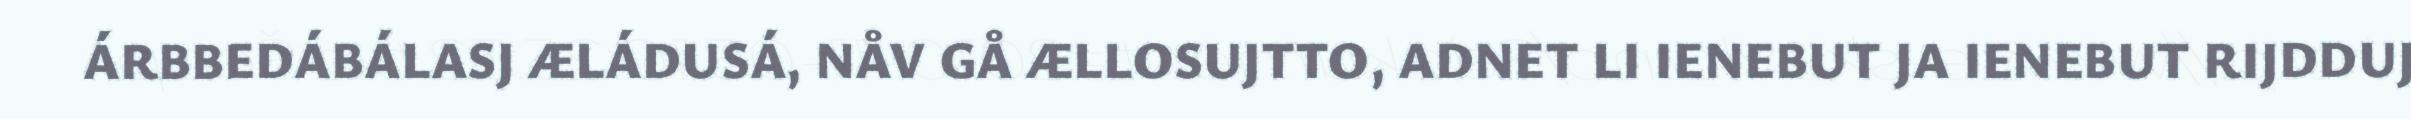
ÁRBBEDÁBÁLASJ ÆLÁDUSÁ, NÅV GÅ ÆLLOSUJTTO, ADNET LI IENEBUT JA IENEBUT RIJDDUJ